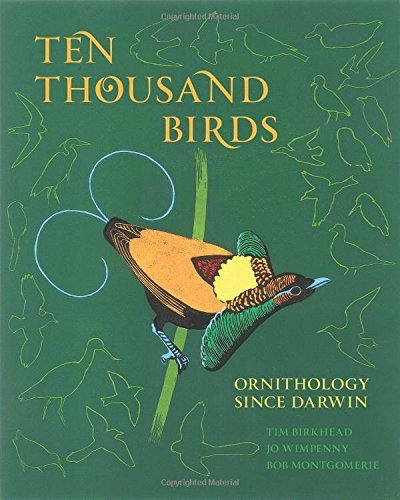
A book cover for Ten Thousand Birds: Ornithology since Darwin; Tim Birkhead; Science & Math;